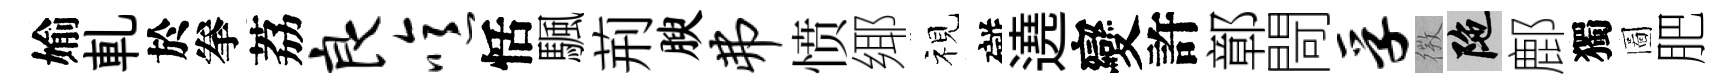
媮軋於拳荔良噫恬颿荊腴弗愤鄊视礙遶變許鄣閜孚𢕄陀鄜獨圖肥